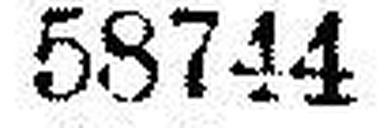
58744